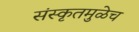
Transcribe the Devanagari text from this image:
संस्कृतमुळेच